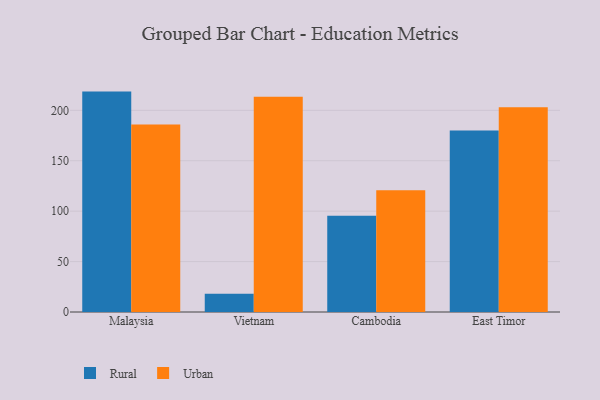
{"axis": {"x": "Country", "y": "Satisfaction Score"}, "legend": ["Rural", "Urban"], "data": [{"x": "Malaysia", "y": 218.6, "type": "Rural"}, {"x": "Malaysia", "y": 186.0, "type": "Urban"}, {"x": "Vietnam", "y": 18.0, "type": "Rural"}, {"x": "Vietnam", "y": 213.4, "type": "Urban"}, {"x": "Cambodia", "y": 95.5, "type": "Rural"}, {"x": "Cambodia", "y": 120.7, "type": "Urban"}, {"x": "East Timor", "y": 180.0, "type": "Rural"}, {"x": "East Timor", "y": 203.0, "type": "Urban"}]}